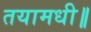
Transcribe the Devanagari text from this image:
तयामधी॥